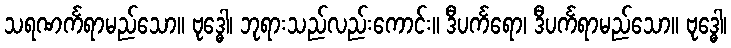
သရဏင်္ကရာမည်သော။ ဗုဒ္ဓေါ၊ ဘုရားသည်လည်းကောင်း။ ဒီပင်္ကရော၊ ဒီပင်္ကရာမည်သော။ ဗုဒ္ဓေါ၊